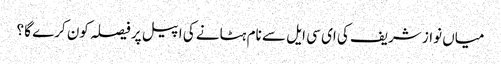
میاں نواز شریف کی ای سی ایل سے نام ہٹانے کی اپیل پر فیصلہ کون کرے گا ؟